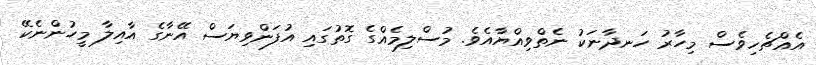
އެއްޗެހިވެސް މިހާރު ހަނދާނަކު ނެތްވިއްޔާއެވެ. މުސްލިމެއްގެ ގޮތުގައި އުފަންވިޔަސް އޭނާގެ އާއިލާ މީހުންނެކޭ